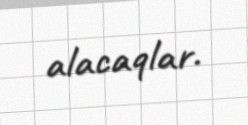
alacaqlar.